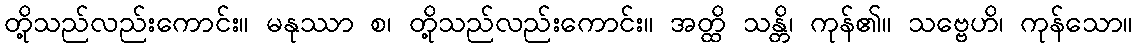
တို့သည်လည်းကောင်း။ မနုဿာ စ၊ တို့သည်လည်းကောင်း။ အတ္ထိ သန္တိ၊ ကုန်၏။ သဗ္ဗေဟိ၊ ကုန်သော။